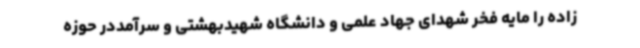
زاده را مایه فخر شهدای جهاد علمی و دانشگاه شهیدبهشتی و سرآمددر حوزه